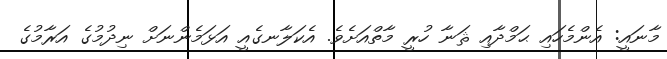
މާނައީ: އެންމެހައި ޙަމްދާއި ޘަނާ ހުރީ މާތްއަށެވެ. އެކަލާނގެއީ އަޅަމެންނަށް ނިދުމުގެ އަރާމުގެ